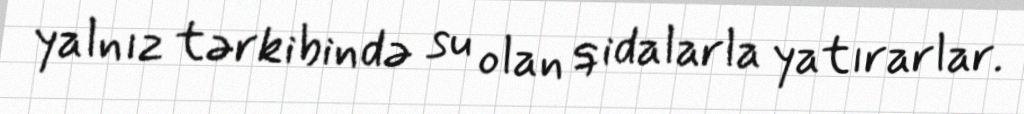
yalnız tərkibində su olan qidalarla yatırarlar.